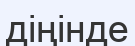
діңінде